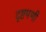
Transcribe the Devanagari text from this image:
दृष्टमणी